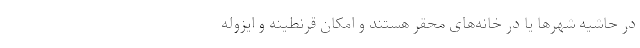
در حاشیه شهرها یا در خانه‌های محقر هستند و امکان قرنطینه و ایزوله